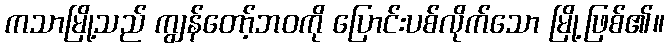
ကသာမြို့သည် ကျွန်တော့်ဘဝကို ပြောင်းပစ်လိုက်သော မြို့ဖြစ်၏။